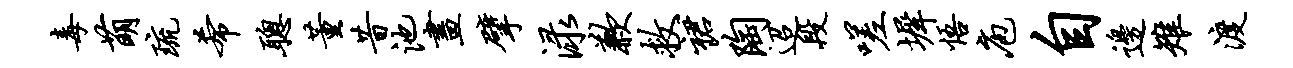
毒萌琉希聪董昔池画擘渌歉救裙陶迢段嗟墀悟庖自边雉渡